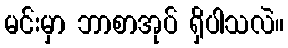
မင်းမှာ ဘာစာအုပ် ရှိပါသလဲ။